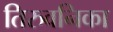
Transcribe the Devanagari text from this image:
तिरुवनिका